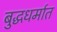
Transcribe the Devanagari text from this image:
बुद्धधर्मात